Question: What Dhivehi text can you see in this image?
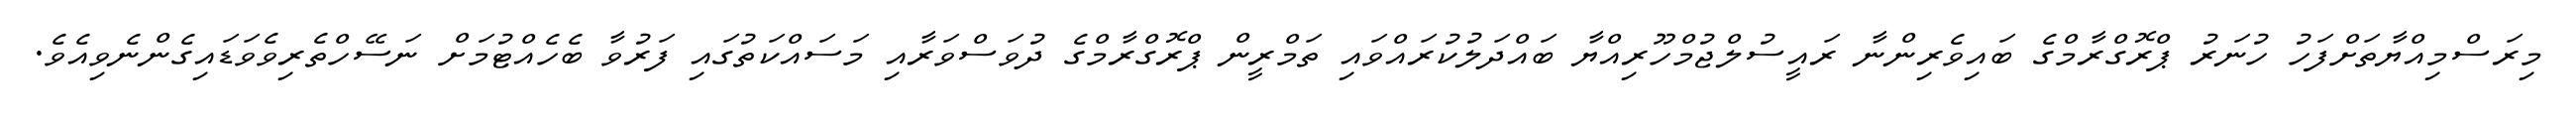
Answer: މިރަސްމިއްޔާތަށްފަހު ހުނަރު ޕްރޮގްރާމްގެ ބައިވެރިންނާ ރައީސުލްޖުމްހޫރިއްޔާ ބައްދަލުކުރައްވައި ތަމްރީން ޕްރޮގްރާމްގެ ދުވަސްވަރާއި މަސައްކަތުގައި ފަރުވާ ބެހެއްޓުމަށް ނަސޭހްތެރިވެވަޑައިގެންނެވިއެވެ.